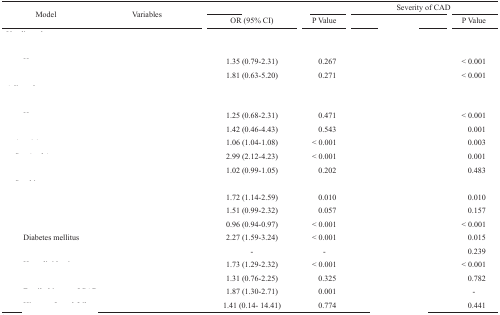
<table><thead><tr><td rowspan="2"><b>Model</b></td><td rowspan="2"><b>Variables</b></td><td colspan="2">[EMPTY_CELL]</td><td colspan="2"><b>Severity of CAD</b></td></tr><tr><td><b>OR (95% CI)</b></td><td><b>P Value</b></td><td>[EMPTY_CELL]</td><td><b>P Value</b></td></tr></thead><tbody><tr><td colspan="2">[EMPTY_CELL]</td><td>[EMPTY_CELL]</td><td>[EMPTY_CELL]</td><td>[EMPTY_CELL]</td><td>[EMPTY_CELL]</td></tr><tr><td colspan="2">[EMPTY_CELL]</td><td>[EMPTY_CELL]</td><td>[EMPTY_CELL]</td><td>[EMPTY_CELL]</td><td>[EMPTY_CELL]</td></tr><tr><td colspan="2">[EMPTY_CELL]</td><td>1.35 (0.79-2.31)</td><td> 0.267</td><td>[EMPTY_CELL]</td><td>&lt; 0.001</td></tr><tr><td colspan="2">[EMPTY_CELL]</td><td>1.81 (0.63-5.20)</td><td> 0.271</td><td>[EMPTY_CELL]</td><td>&lt; 0.001</td></tr><tr><td colspan="2">[EMPTY_CELL]</td><td>[EMPTY_CELL]</td><td>[EMPTY_CELL]</td><td>[EMPTY_CELL]</td><td>[EMPTY_CELL]</td></tr><tr><td colspan="2">[EMPTY_CELL]</td><td>[EMPTY_CELL]</td><td>[EMPTY_CELL]</td><td>[EMPTY_CELL]</td><td>[EMPTY_CELL]</td></tr><tr><td colspan="2">[EMPTY_CELL]</td><td>1.25 (0.68-2.31)</td><td> 0.471</td><td>[EMPTY_CELL]</td><td>&lt; 0.001</td></tr><tr><td colspan="2">[EMPTY_CELL]</td><td>1.42 (0.46-4.43)</td><td> 0.543</td><td>[EMPTY_CELL]</td><td> 0.001</td></tr><tr><td colspan="2">[EMPTY_CELL]</td><td>1.06 (1.04-1.08)</td><td>&lt; 0.001</td><td>[EMPTY_CELL]</td><td> 0.003</td></tr><tr><td colspan="2">[EMPTY_CELL]</td><td>2.99 (2.12-4.23)</td><td>&lt; 0.001</td><td>[EMPTY_CELL]</td><td> 0.001</td></tr><tr><td colspan="2">[EMPTY_CELL]</td><td>1.02 (0.99-1.05)</td><td> 0.202</td><td>[EMPTY_CELL]</td><td> 0.483</td></tr><tr><td colspan="2">[EMPTY_CELL]</td><td>[EMPTY_CELL]</td><td>[EMPTY_CELL]</td><td>[EMPTY_CELL]</td><td>[EMPTY_CELL]</td></tr><tr><td colspan="2">[EMPTY_CELL]</td><td>1.72 (1.14-2.59)</td><td> 0.010</td><td>[EMPTY_CELL]</td><td> 0.010</td></tr><tr><td colspan="2">[EMPTY_CELL]</td><td>1.51 (0.99-2.32)</td><td> 0.057</td><td>[EMPTY_CELL]</td><td> 0.157</td></tr><tr><td colspan="2">[EMPTY_CELL]</td><td>0.96 (0.94-0.97)</td><td>&lt; 0.001</td><td>[EMPTY_CELL]</td><td>&lt; 0.001</td></tr><tr><td colspan="2">Diabetes mellitus</td><td>2.27 (1.59-3.24)</td><td>&lt; 0.001</td><td>[EMPTY_CELL]</td><td> 0.015</td></tr><tr><td colspan="2">[EMPTY_CELL]</td><td>-</td><td>-</td><td>[EMPTY_CELL]</td><td> 0.239</td></tr><tr><td colspan="2">[EMPTY_CELL]</td><td>1.73 (1.29-2.32)</td><td>&lt; 0.001</td><td>[EMPTY_CELL]</td><td>&lt; 0.001</td></tr><tr><td colspan="2">[EMPTY_CELL]</td><td>1.31 (0.76-2.25)</td><td> 0.325</td><td>[EMPTY_CELL]</td><td> 0.782</td></tr><tr><td colspan="2">[EMPTY_CELL]</td><td>1.87 (1.30-2.71)</td><td> 0.001</td><td>[EMPTY_CELL]</td><td>-</td></tr><tr><td colspan="2">[EMPTY_CELL]</td><td>1.41 (0.14- 14.41)</td><td> 0.774</td><td>[EMPTY_CELL]</td><td> 0.441</td></tr></tbody></table>